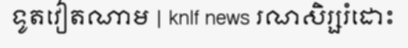
ទូតវៀតណាម | knlf news រណសិរ្សរំដោះ